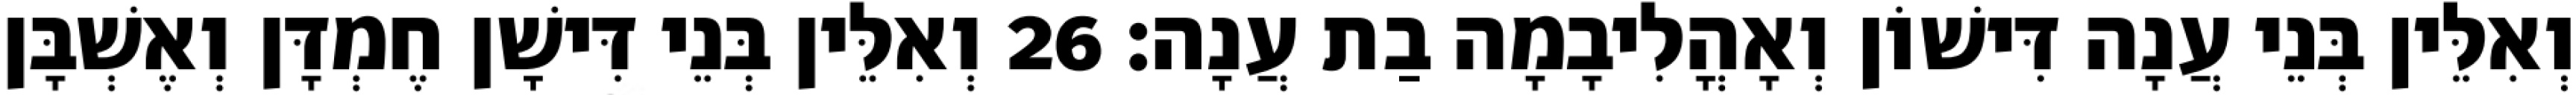
וְאִלֵּין בְּנֵי עֲנָה דִּישׁוֹן וְאָהֳלִיבָמָה בַת עֲנָה׃ 26 וְאִלֵּין בְּנֵי דִּישָׁן חֶמְדָּן וְאֶשְׁבָּן